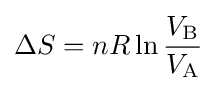
\Delta S=nR\ln {\frac {V_{\text{B}}}{V_{\text{A}}}}